Account of plague administration in the Bombay Presidency from September 1896 till May 1897
Year: 1896
Disease focus: Plague
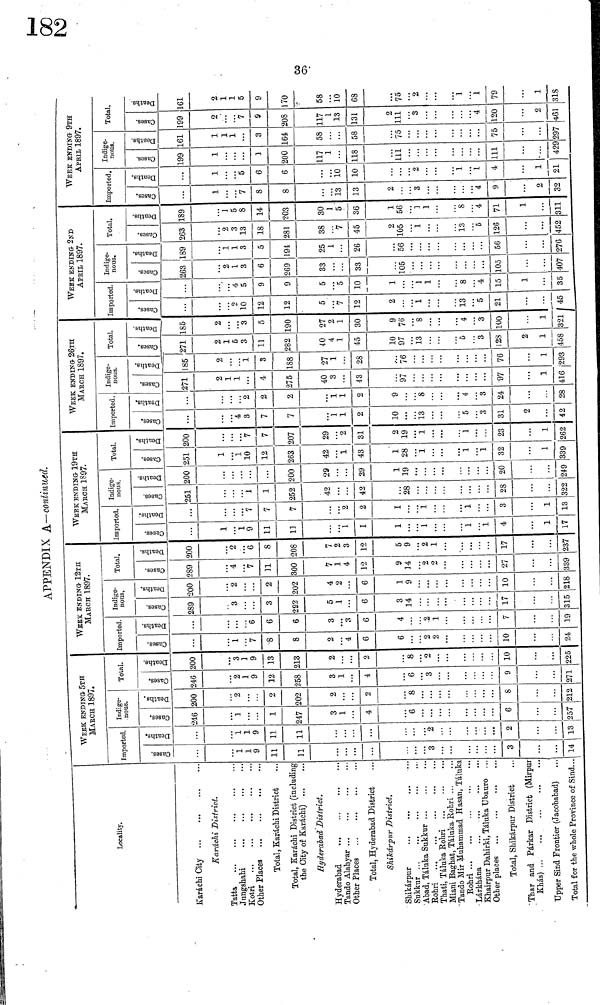
36
APPENDIX A—continued.
Locality.
Karáchi City
Karáchi District.
Tatta
Jungshahi
Kotri
Other Places
Total, Karáchi District
Total, Karachi District (including
the City of Karachi)
Hyderabad District.
Hyderabad
Tando Alahyar
Other Places
Total, Hyderabad District
Shikar pur District.
Shikárpur
Sukkur
Abad Táluka Sukkur
Rohri
Thati, Táluka Rohri
Tando Mir Muhammad Hasan, Táluka
Lárkhána
Khairpur Dahirki Táluka Ubauro
Other places
Total, Shikárpur District
Thar and Párkar District (Mirpur
Khás)
Upper Sind Frontier (Jacobabad)
Total for the whole Province of Sind...
WEEK ENDING- 5TH
MARCH 1897.
Imported.
Cases
1
1
9
11
11
3
3
14
Deaths
1
1
9
11
11
2
2
13
Indige-
nous.
246
1
1
247
3
1
4
6
6
257
Deaths
200
2
2
202
2
2
8
8
212
Total.
Cases
246
2
1
9
12
258
3
1
4
6
3
9
271
Deaths
200
3
1
9
13
213
2
2
8
2
10
225
WeEK ENDING- 12TH
MARCH 1897.
Imported.
1
7
8
8
2
4
6
6
2
2
10
24
Deaths
6
6
6
3
3
6
4
2
1
7
19
Indige-
nous.
Cases
289
3
3
292
5
1
6
3
14
17
315
Deaths
200
2
2
202
4
2
6
1
9
10
218
Total.
Cases
289
4
7
11
300
7
1
4
12
9
14
2
2
27
339
Deaths
200
2
6
8
208
7
2
3
12
5
9
2
1
17
237
WeEK ENDING 19TH
MArcH 1897.
Imported.
1
1
9
11
11
1
1
1
1
1
1
4
1
17
Deaths
7
7
7
2
2
I
1
1
3
1
13
Indige-
nous.
Cases
251
1
1
252
42
42
28
28
322
Deaths
200
200
29
29
1
19
20
249
Total.
251
1
1
10
12
263
42
1
43
1
28
1
1
1
32
1
339
Deaths
200
7
7
207
29
2
31
2
19
1
1
23
1
262
WEEK ENDING 26TΗ
MArCH 1897.
Imported.
Cases
4
3
7
7
1
1
2
10
13
5
3
31
2
42
Deaths
2
2
2
1
1
2
9
S
4
3
24
28
Indige-
nous.
Cases
271
2
1
1
4
275
40
3
43
97
97
1
416
Deaths
185
2
1
3
188
27
1
28
76
76
1
293
Total.
271
2
1
5
3
11
282
40
4
1
45
10
97
13
5
3
128
2
1
458
Deaths
186
2
3
5
190
27
1
30
9
76
8
4
3
100
1
WEEK ENDING· 2ND
APRIL 1897.
Imported.
Cases
10
12
12
5
7
12
2
1
13
5
21
321 45
Deaths
4
5
9
9
5
5
10
1
1
1
8
4
15
1
35
Indige-
nous.
Cases
263
2
1
3
6
269
33
33
105
105
407
Deaths
189
1
1
3
5
194
25
1
26
56
56
276
Total.
263
2
3
13
18
281
38
7
45
2
105
1
13
6
126
452
Deaths
189
1
5
8
14
203
30
1
5
36
1
56
1
1
8
4
71
1
311
WEEK ENDING- 9TH
APRIL 1897.
Imported.
1
7
8
8
13
13
2
3
4
9
2
32
Deaths
1
5
6
6
10
10
2
1
1
4
1
21
Indige-
nous.
Cases
199
1
1
200
117
1
118
111
111
429
Deaths
161
1
1
1
3
164
58
58
75
75
297
Total.
Cases
199
2
7
9
208
117
1
13
131
2
111
3
4
120
2
461
Deaths
161
2
1
1
5
9
170
58
10
68
75
2
1
1
79
1
318